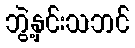
ဘွဲ့နှင်းသဘင်